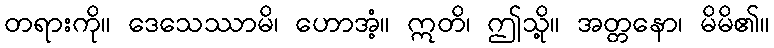
တရားကို။ ဒေသေဿာမိ၊ ဟောအံ့။ ဣတိ၊ ဤသို့။ အတ္တနော၊ မိမိ၏။